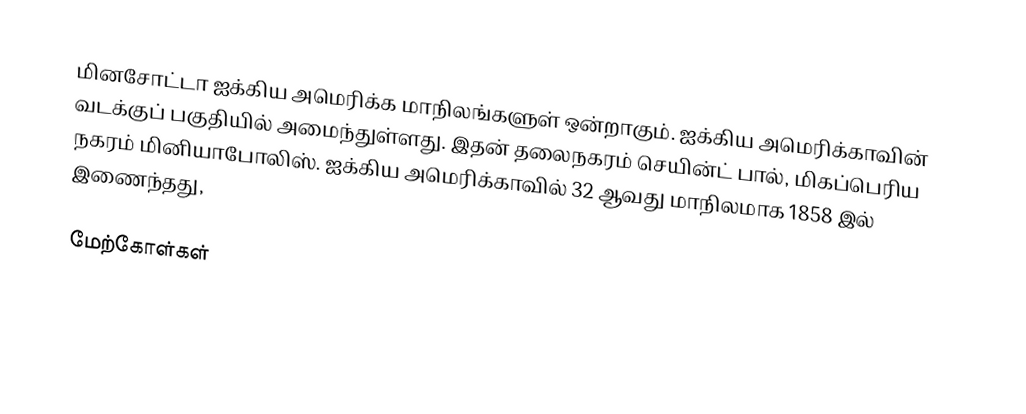
மினசோட்டா ஐக்கிய அமெரிக்க மாநிலங்களுள் ஒன்றாகும். ஐக்கிய அமெரிக்காவின் வடக்குப் பகுதியில் அமைந்துள்ளது. இதன் தலைநகரம் செயின்ட் பால், மிகப்பெரிய நகரம் மினியாபோலிஸ். ஐக்கிய அமெரிக்காவில் 32 ஆவது மாநிலமாக 1858 இல் இணைந்தது,

மேற்கோள்கள்